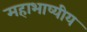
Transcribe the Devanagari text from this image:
महाभाष्यीय